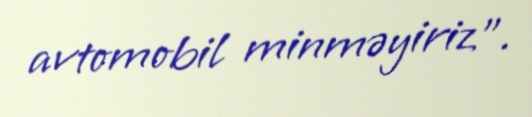
avtomobil minməyiriz".